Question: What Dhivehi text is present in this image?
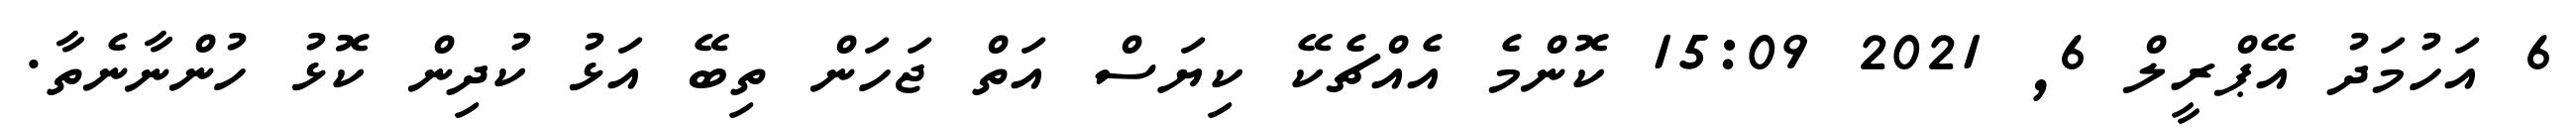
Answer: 6 އަހުމަދު އޭޕްރީލް 6, 2021 15:09 ކޮންމެ އެއްޗެކޭ ކިޔަސް އަތް ޖަހަން ތިބޭ އަޅު ކުދިން ކޮޅު ހުންނާނެތާ.